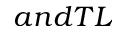
a n d T L